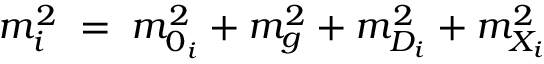
m _ { i } ^ { 2 } \; = \; m _ { 0 _ { i } } ^ { 2 } + m _ { g } ^ { 2 } + m _ { D _ { i } } ^ { 2 } + m _ { X _ { i } } ^ { 2 }